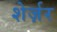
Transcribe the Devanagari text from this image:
शेर्ज़र